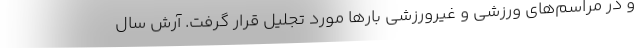
و در مراسم‌های ورزشی و غیرورزشی بارها مورد تجلیل قرار گرفت. آرش سال